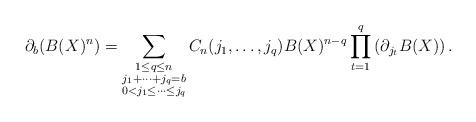
LaTeX: \begin{align*}\partial_b (B(X)^{n})=\sum\limits_{\substack{1\leq q\le n\\j_1+\dots+j_q=b\\0<j_1\le\dots\le j_q}}C_n(j_1,\dots,j_q)B(X)^{n-q}\prod\limits_{t=1}^q\left(\partial_{j_t}B(X)\right).\end{align*}